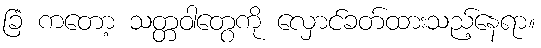
ခြံ ကတော့ သတ္တဝါတွေကို လှောင်ခတ်ထားသည့်နေရာ။